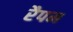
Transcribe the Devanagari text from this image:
रैपम